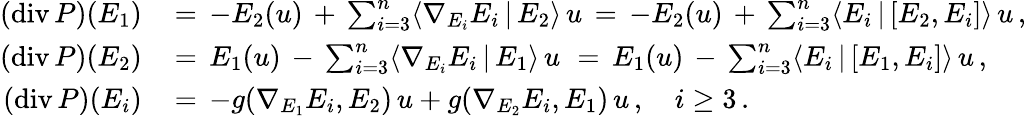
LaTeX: \begin{array}{rl}{(\mathrm{div}\, P)(E_{1})\, }&{=\, -E_{2}(u)\, +\, \sum_{i=3}^{n}\langle\nabla_{E_{i}}E_{i}\, |\, E_{2}\rangle\, u\, =\, -E_{2}(u)\, +\, \sum_{i=3}^{n}\langle E_{i}\, |\, [E_{2},E_{i}]\rangle\, u\, ,}\\ {(\mathrm{div}\, P)(E_{2})\, }&{=\, E_{1}(u)\, -\, \sum_{i=3}^{n}\langle\nabla_{E_{i}}E_{i}\, |\, E_{1}\rangle\, u\, \, =\, E_{1}(u)\, -\, \sum_{i=3}^{n}\langle E_{i}\, |\, [E_{1},E_{i}]\rangle\, u\, ,}\\ {(\mathrm{div}\, P)(E_{i})\, }&{=\, -g(\nabla_{E_{1}}E_{i},E_{2})\, u+g(\nabla_{E_{2}}E_{i},E_{1})\, u\, ,\quad i\geq 3\, .}\end{array}